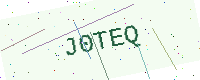
Text: J0TEQ